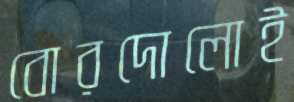
বোরদোলোই